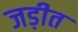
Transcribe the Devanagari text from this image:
जड़ीत